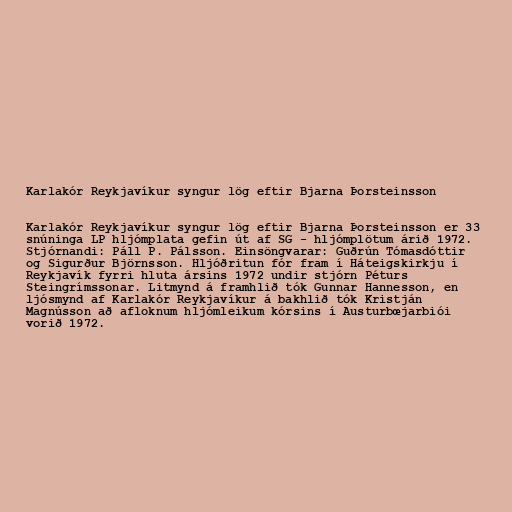
Karlakór Reykjavíkur syngur lög eftir Bjarna Þorsteinsson

Karlakór Reykjavíkur syngur lög eftir Bjarna Þorsteinsson er 33
snúninga LP hljómplata gefin út af SG - hljómplötum árið 1972.
Stjórnandi: Páll P. Pálsson. Einsöngvarar: Guðrún Tómasdóttir
og Sigurður Björnsson. Hljóðritun fór fram í Háteigskirkju í
Reykjavík fyrri hluta ársins 1972 undir stjórn Péturs
Steingrímssonar. Litmynd á framhlið tók Gunnar Hannesson, en
ljósmynd af Karlakór Reykjavíkur á bakhlið tók Kristján
Magnússon að afloknum hljómleikum kórsins í Austurbœjarbiói
vorið 1972.